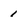
Character: 1